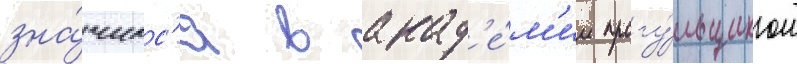
зна́чилс'я в акад'е́м'ии прогу́льщиком